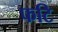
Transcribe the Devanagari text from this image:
फटि